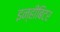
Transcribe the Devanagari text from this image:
इन्हीबिटर